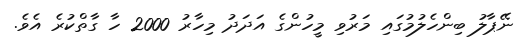
ނޭޕާލު ބިންހެލުމުގައި މަރުވި މީހުންގެ އަދަދު މިހާރު 2000 ހާ ގާތްކުރެ އެވެ.